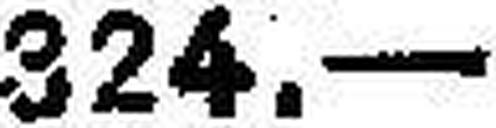
324.—